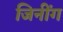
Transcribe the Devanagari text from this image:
जिनींग